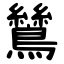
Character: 鷥